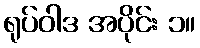
ရုပ်ဝါဒ အပိုင်း ၁။